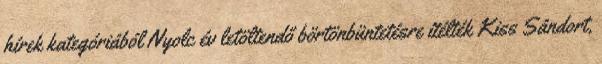
hírek kategóriából Nyolc év letöltendő börtönbüntetésre ítélték Kiss Sándort,